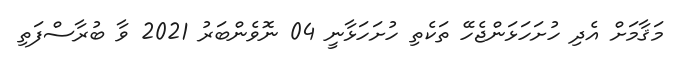
މަޤާމަށް އެދި ހުށަހަޅަންޖެހޭ ތަކެތި ހުށަހަޅާނީ 04 ނޮވެންބަރު 2021 ވާ ބުރާސްފަތި